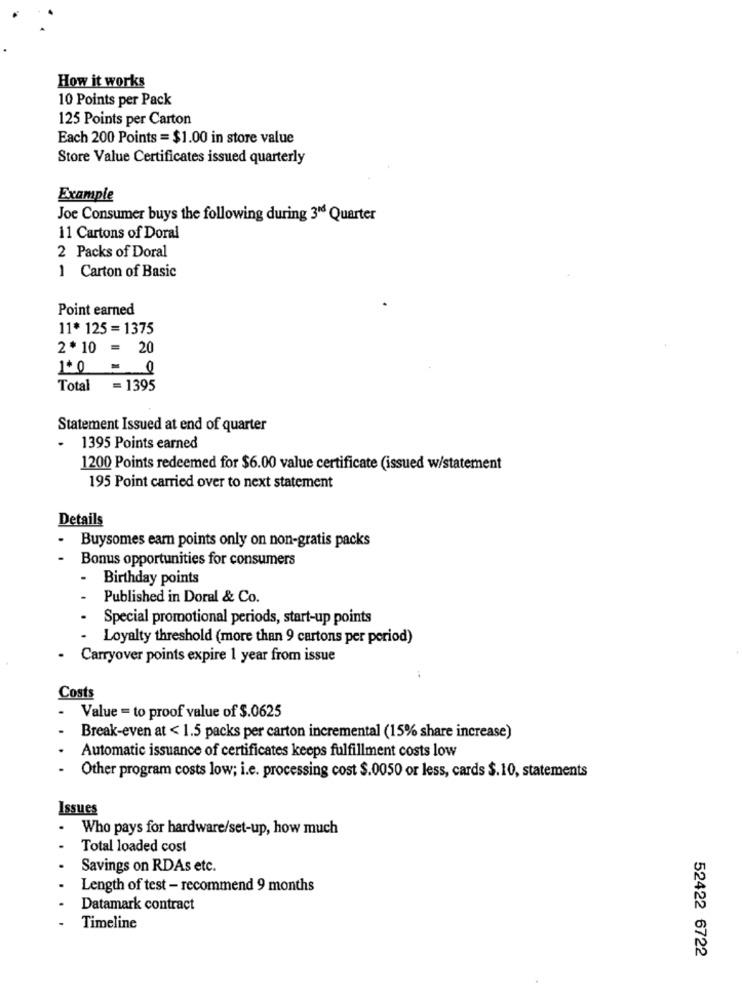
How it works
10 Points per Pack
125 Points per Carton
Each 200 Points = $1.00 in store value
Store Value Certificates issued quarterly
Example
Joe Consumer buys the following during 316 Quarter
11 Cartons of Doral
2 Packs of Doral
1 Carton of Basic
Point earned
11* 125= 1375
2*10 = 20
1+0 - 0
Total = 1395
Statement Issued at end of quarter
1395 Points earned
1200 Points redeemed for $6.00 value certificate (issued w/statement
195 Point carried over to next statement
Details
Buysomes earn points only on non-gratis packs
Bonus opportunities for consumers
- Birthday points
- Published in Doral & Co.
Special promotional periods, start-up points
Loyalty threshold (more than 9 cartons per period)
Carryover points expire 1 year from issue
Costs
Value = to proof value of $.0625
Break-even at < 1.5 packs per carton incremental (15% share increase)
Automatic issuance of certificates keeps fulfillment costs low
Other program costs low; i.e. processing cost $.0050 or less, cards $.10, statements
Issues
Who pays for hardware/set-up, how much
Total loaded cost
Savings on RDAs etc.
Length of test - recommend 9 months
Datamark contract
Timeline
52422 6722